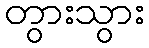
တွားသွား